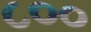
૮૦૦